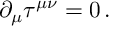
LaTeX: \partial _ { \mu } \tau ^ { \mu \nu } = 0 \, .